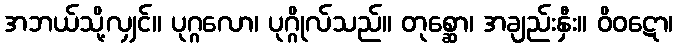
အဘယ်သို့လျှင်။ ပုဂ္ဂလော၊ ပုဂ္ဂိုလ်သည်။ တုစ္ဆော၊ အချည်းနှီး။ ဝိဝဋော၊